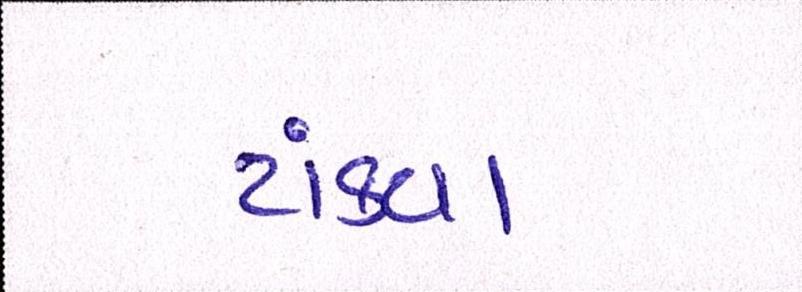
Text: ટાંક્યા